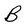
Character: B